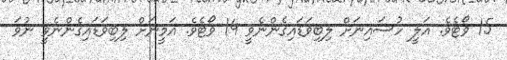
15 ވޯޓެވެ. އަލީ ހުސައިނަށް ލިބިވަޑައިގެންނެވީ 14 ވޯޓެވެ. އަމީނަށް ލިބިވަޑައިގެންނެވީ ނުވަ